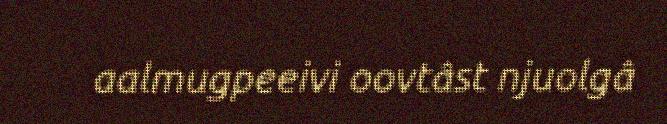
aalmugpeeivi oovtâst njuolgâ